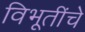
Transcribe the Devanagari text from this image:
विभूतींचे